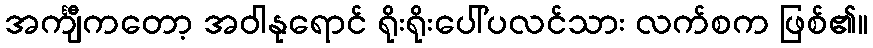
အင်္ကျီကတော့ အဝါနုရောင် ရိုးရိုးပေါ်ပလင်သား လက်စက ဖြစ်၏။